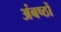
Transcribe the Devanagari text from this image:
अंबष्ठों